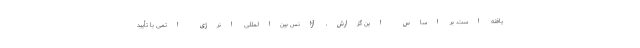
یافته است. بر اساس این گزارش، آژانس بین‌المللی انرژی اتمی با تأیید